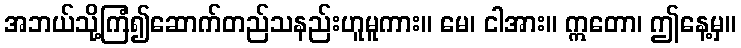
အဘယ်သို့ကြံ၍ဆောက်တည်သနည်းဟူမူကား။ မေ၊ ငါအား။ ဣတော၊ ဤနေ့မှ။